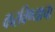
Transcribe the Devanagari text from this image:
करविण्याचा